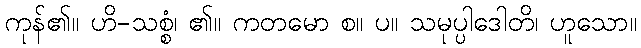
ကုန်၏။ ဟိ-သစ္စံ၊ ၏။ ကတမော စ။ ပ။ သမုပ္ပါဒေါတိ၊ ဟူသော။